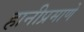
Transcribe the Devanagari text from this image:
हानीप्रमाणे